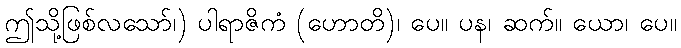
ဤသို့ဖြစ်လသော်၊) ပါရာဇိကံ (ဟောတိ)၊ ပေ။ ပန၊ ဆက်။ ယော၊ ပေ။